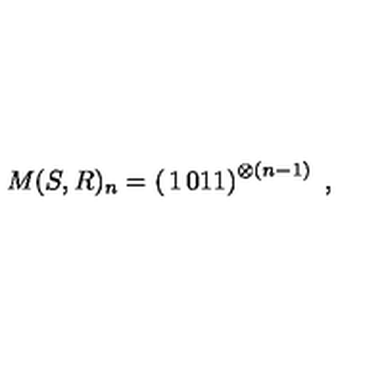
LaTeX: M ( S , R ) _ { n } = \left( \begin{matrix} { 1 } & { 0 } \\ { 1 } & { 1 } \\ \end{matrix} \right) ^ { \otimes ( n - 1 ) } \ ,